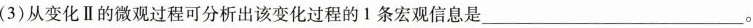
(3)从变化Ⅱ的微观过程可分析出该变化过程的Ⅰ条宏观信息是___。